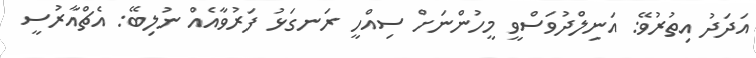
އަދަދު އިތުރުވޭ: އަނިލްދުވަސްވީ މީހުންނަށް ސިއްހީ ރަނގަޅު ފަރުވާއެއް ނުލިބޭ: އެޗްއާރުސީ